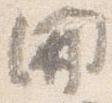
開